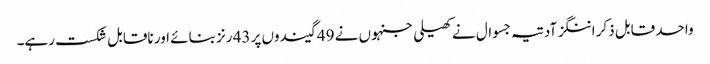
واحد قابل ذکر اننگز آدتیہ جسوال نے کھیلی جنہوں نے 49 گیندوں پر 43 رنز بنائے اور ناقابل شکست رہے۔